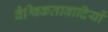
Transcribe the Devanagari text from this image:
वैश्विकतावादियों